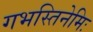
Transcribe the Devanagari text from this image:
गभस्तिनेमिः